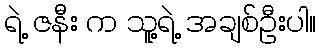
ရဲ့ ဇနီး က သူ့ရဲ့ အချစ်ဦးပါ။